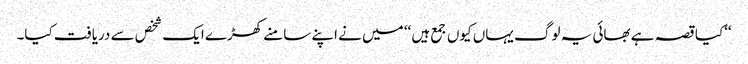
‘‘کیا قصہ ہے بھائی یہ لوگ یہاں کیوں جمع ہیں ‘‘ میں نے اپنے سامنے کھڑے ایک شخص سے دریافت کیا۔